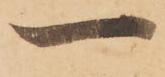
一